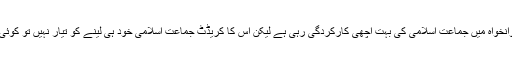
اب بھی خیبر پختوانخواہ میں جماعت اسلامی کی بہت اچھی کارکردگی رہی ہے لیکن اس کا کریڈٹ جماعت اسلامی خود ہی لینے کو تیار نہیں تو کوئی کیا کر سکتا ہے۔